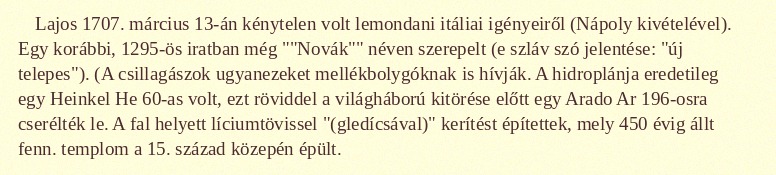
Lajos 1707. március 13-án kénytelen volt lemondani itáliai igényeiről (Nápoly kivételével). Egy korábbi, 1295-ös iratban még ""Novák"" néven szerepelt (e szláv szó jelentése: "új telepes"). (A csillagászok ugyanezeket mellékbolygóknak is hívják. A hidroplánja eredetileg egy Heinkel He 60-as volt, ezt röviddel a világháború kitörése előtt egy Arado Ar 196-osra cserélték le. A fal helyett líciumtövissel "(gledícsával)" kerítést építettek, mely 450 évig állt fenn. templom a 15. század közepén épült.